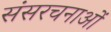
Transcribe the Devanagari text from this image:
संसरचनाओं